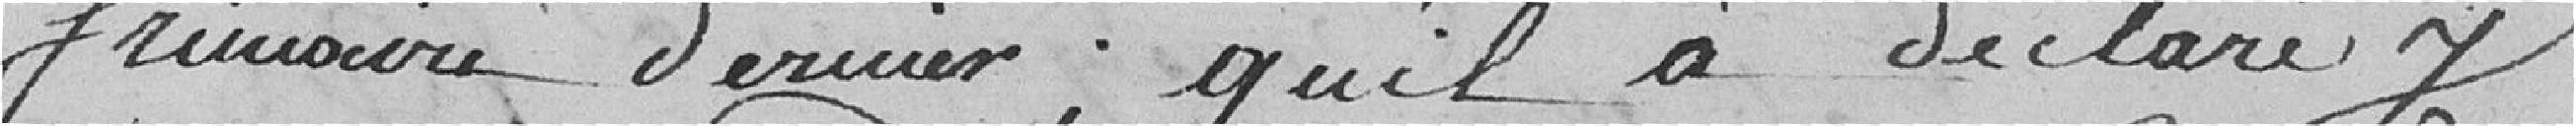
frimaire dernier, qu'il a déclaré y